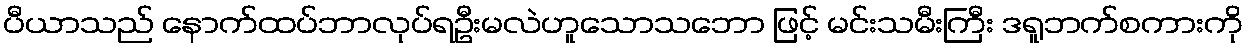
ပီယာသည် နောက်ထပ်ဘာလုပ်ရဦးမလဲဟူသောသဘော ဖြင့် မင်းသမီးကြီး ဒရူဘက်စကားကို